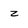
Character: z